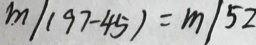
m / ( 9 7 - 4 5 ) = m / 5 2